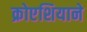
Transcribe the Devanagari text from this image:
क्रोएशियाने